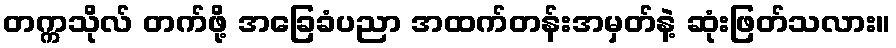
တက္ကသိုလ် တက်ဖို့ အခြေခံပညာ အထက်တန်းအမှတ်နဲ့ ဆုံးဖြတ်သလား။